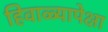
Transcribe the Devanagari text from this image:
हिवाळ्यापेक्षा